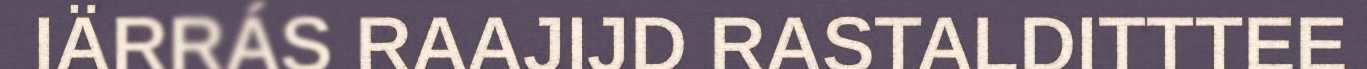
IÄRRÁS RAAJIJD RASTALDITTTEE